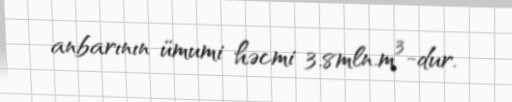
anbarının ümumi həcmi 3.8mln.m³-dur.